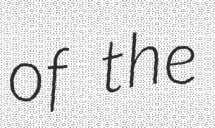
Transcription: of the